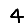
Digit: 4